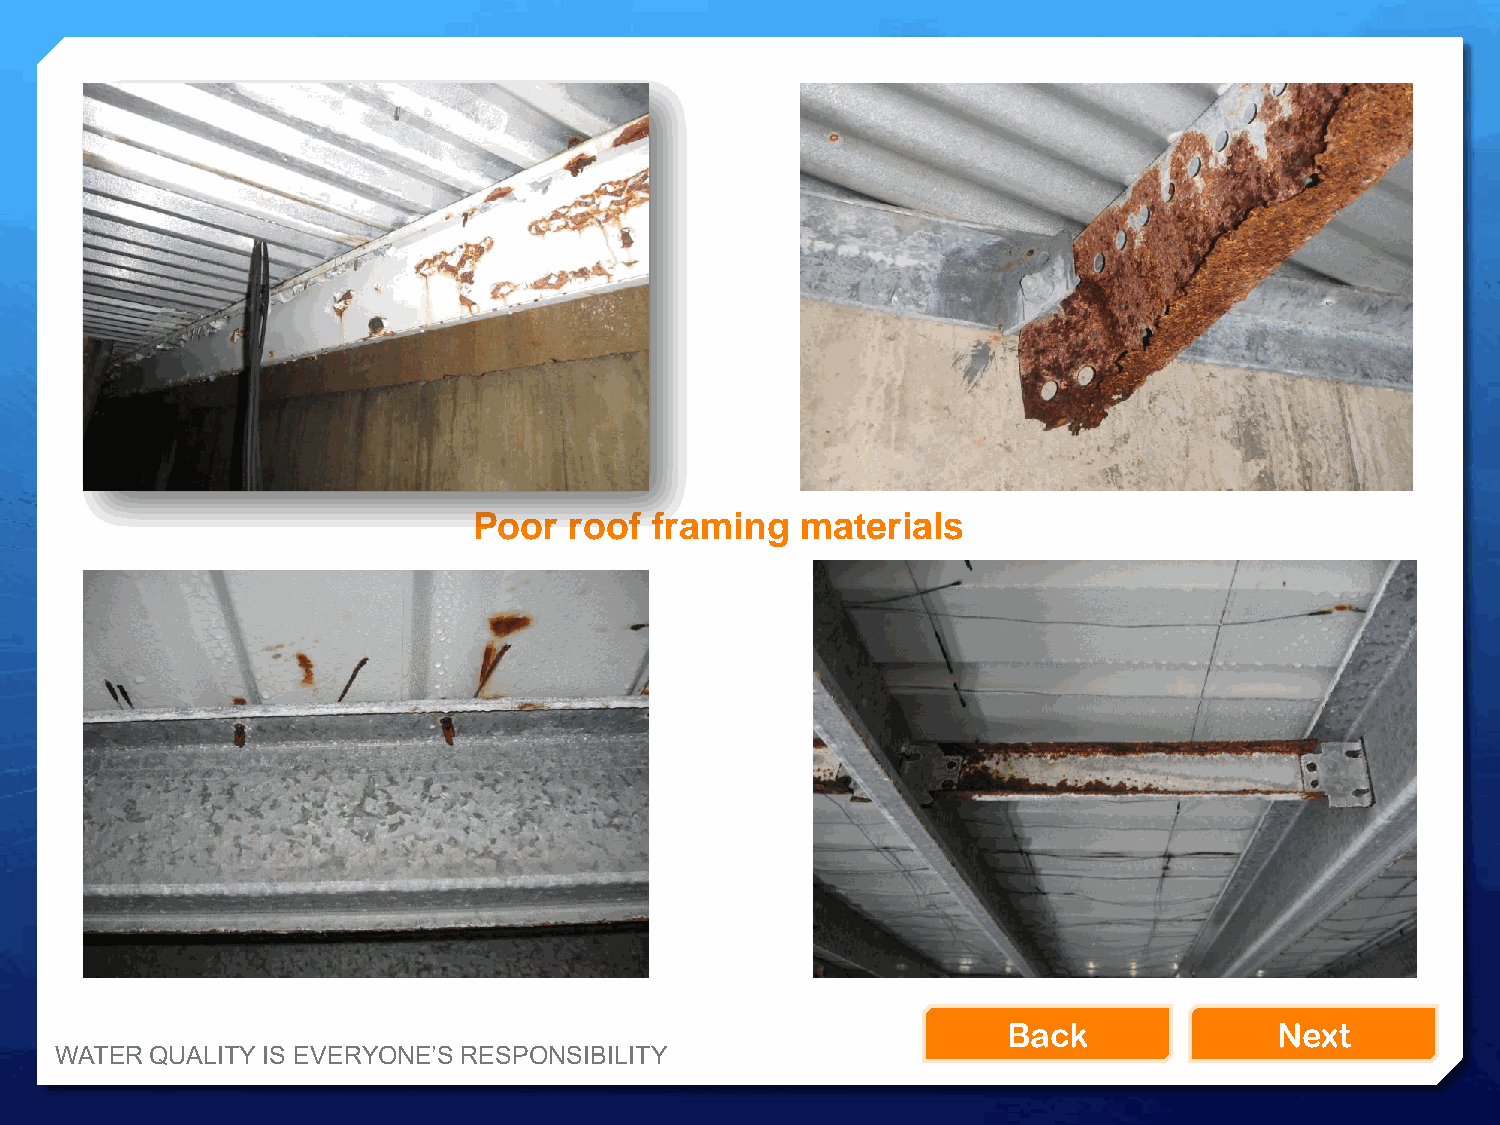
Poor   roof framing   materials
 Back              Next
 WATER QUALITY IS EVERYONE’S RESPONSIBILITY